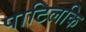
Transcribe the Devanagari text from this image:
पाटिलकि